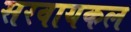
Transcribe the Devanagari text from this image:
सरवायकल